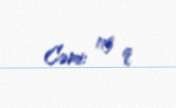
Cəmi: 113 q